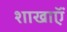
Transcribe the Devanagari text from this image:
शाखाऍं